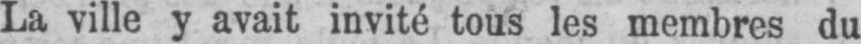
La ville y avait invité tous les membres du